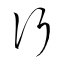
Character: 行